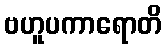
ဗဟူပကာရောတိ